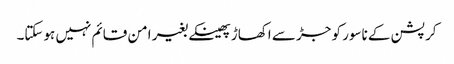
کرپشن کے ناسور کو جڑ سے اکھاڑ پھینکے بغیر امن قائم نہیں ہوسکتا۔